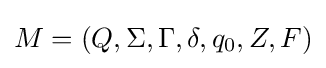
M=(Q,\Sigma ,\Gamma ,\delta ,q_{0},Z,F)